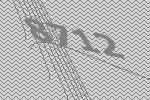
8712